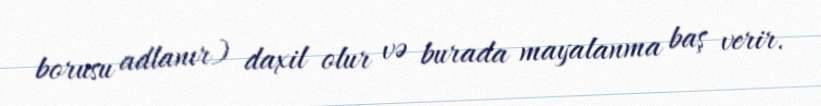
borusu adlanır) daxil olur və burada mayalanma baş verir.